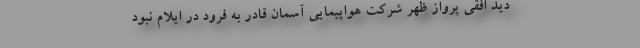
دید افقی پرواز ظهر شرکت هواپیمایی آسمان قادر به فرود در ایلام نبود